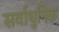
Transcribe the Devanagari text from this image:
सर्वाधुनिक